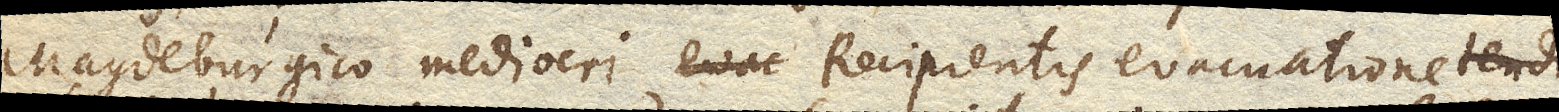
Magdeburgico mediocri Recipientis evacuatione